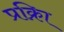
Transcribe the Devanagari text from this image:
प्रक्रिा